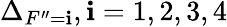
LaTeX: \Delta_{F^{\prime\prime}=\mathbf{i}},\mathbf{i}=1,2,3,4